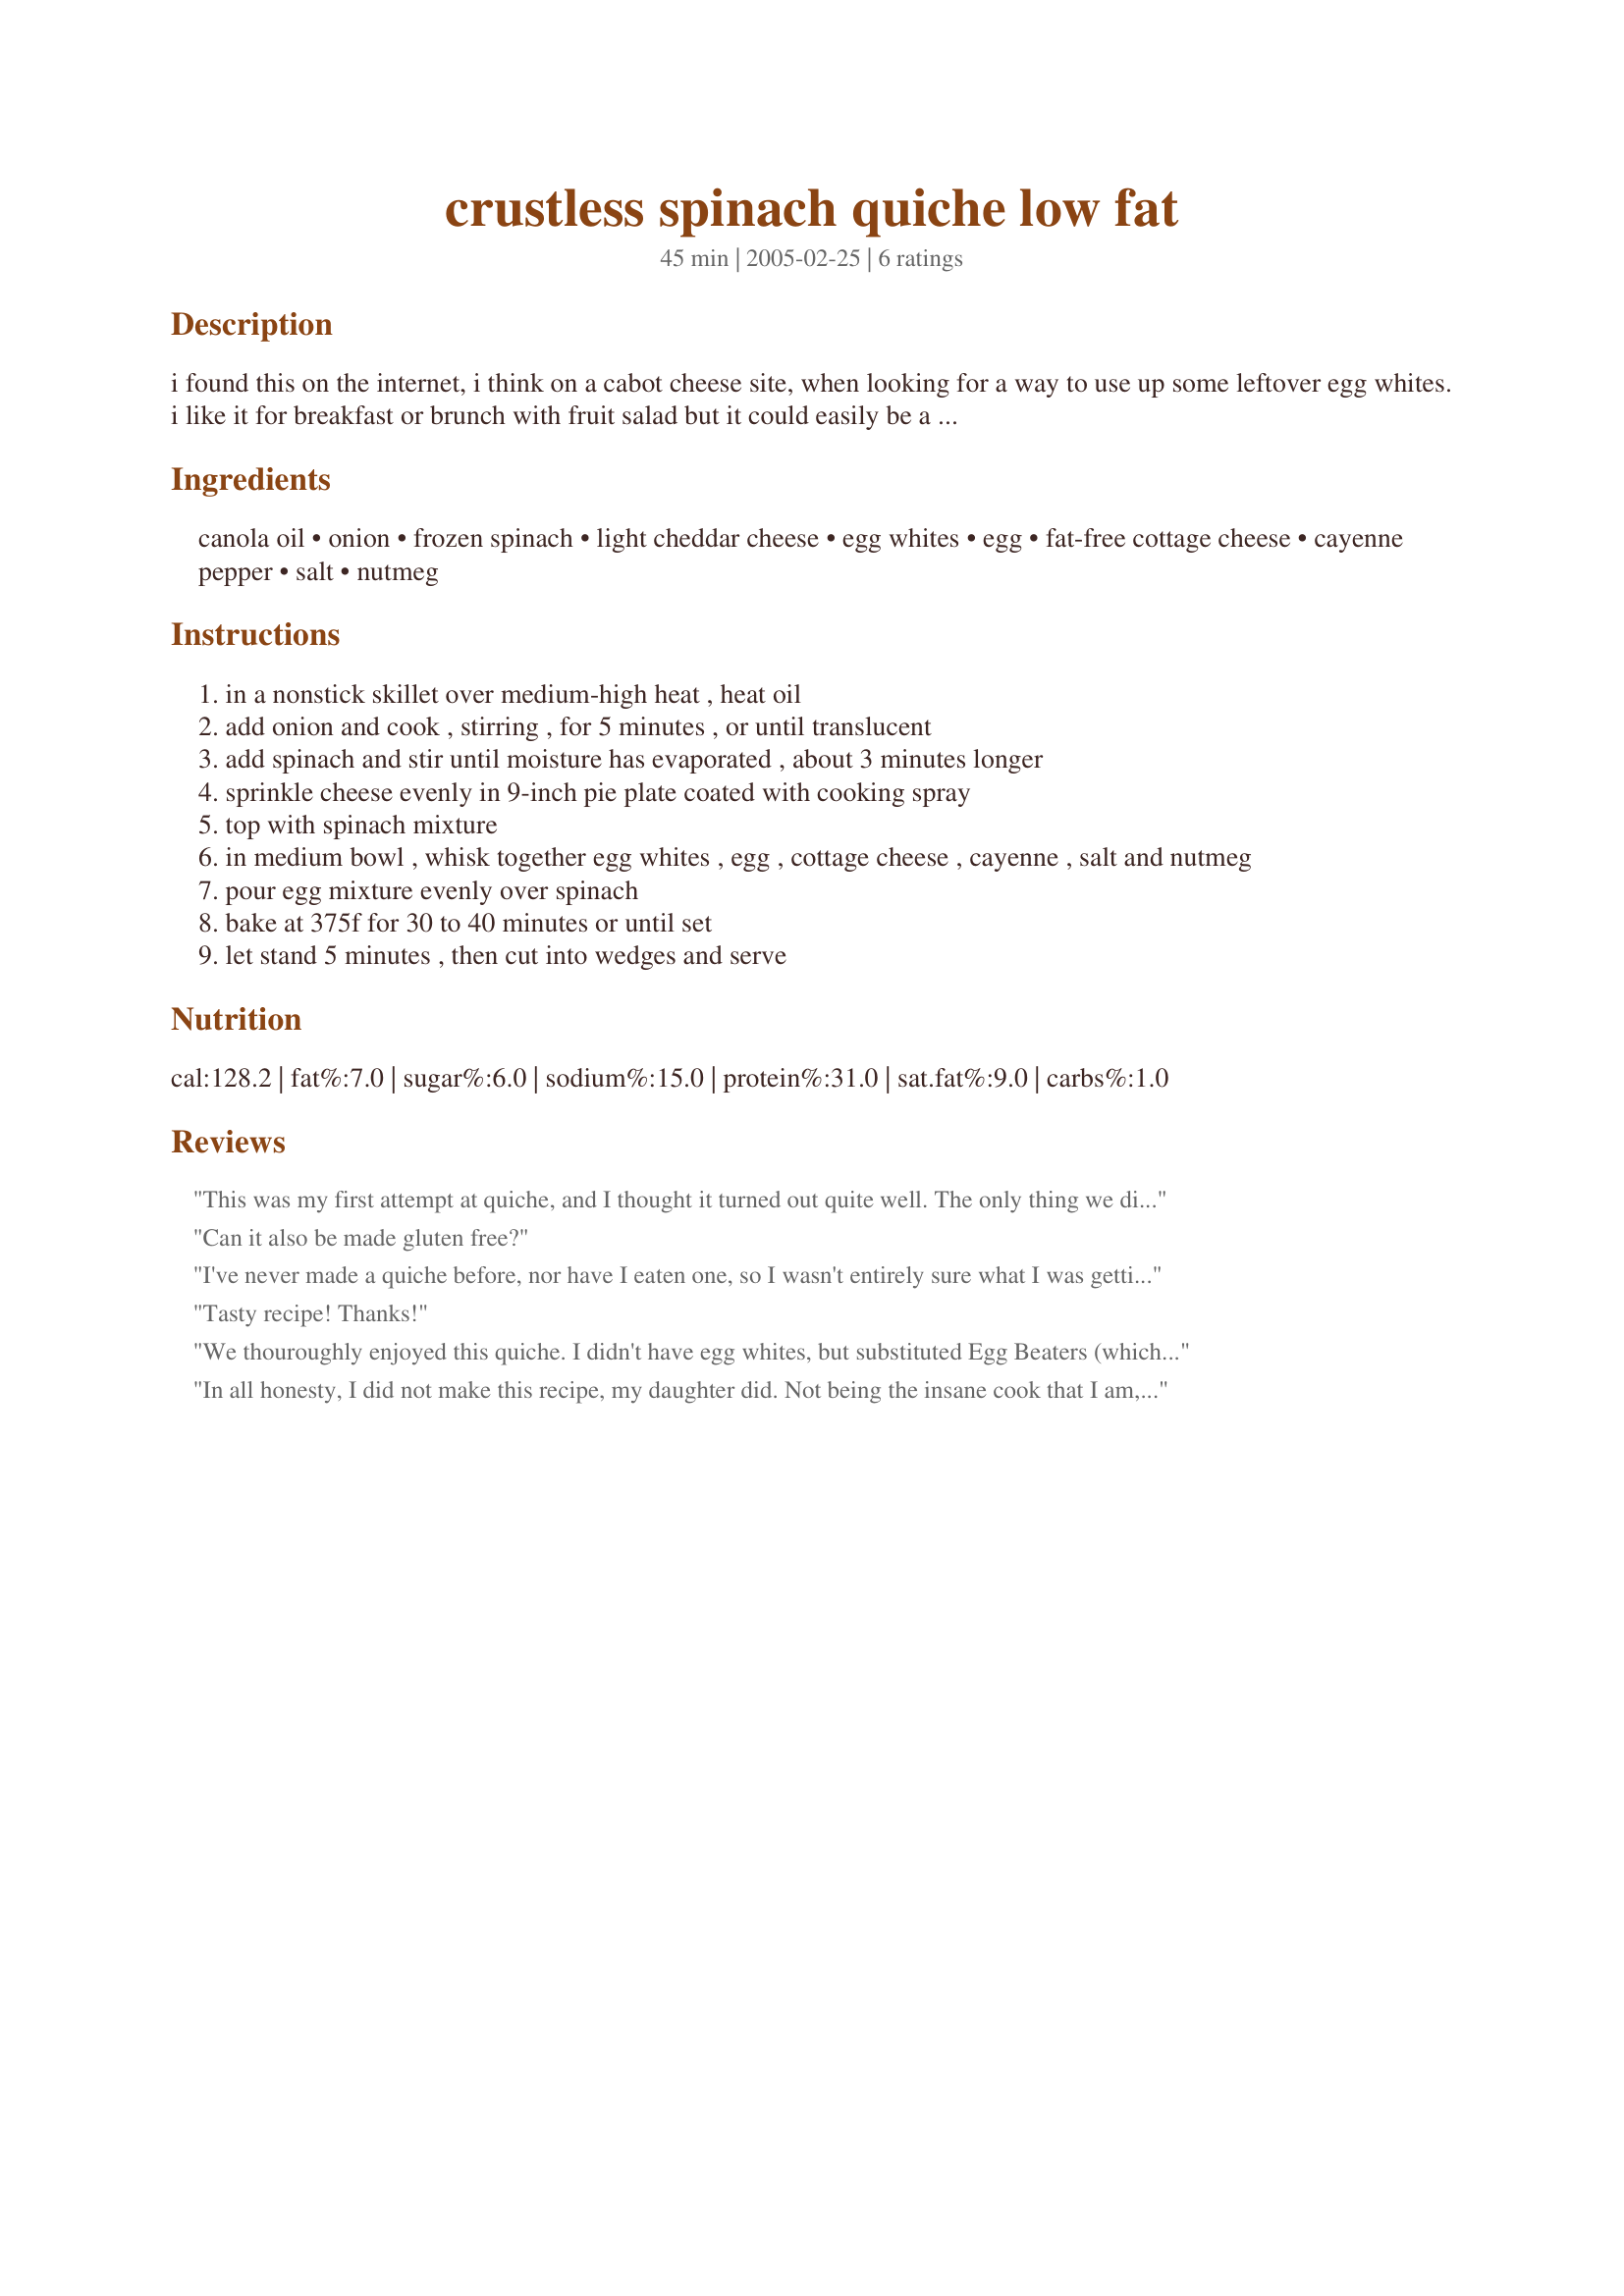
crustless spinach quiche low fat
Preparation time: 45 minutes

i found this on the internet, i think on a cabot cheese site, when looking for a way to use up some leftover egg whites. i like it for breakfast or brunch with fruit salad but it could easily be a side dish for dinner.

Ingredients:
canola oil, onion, frozen spinach, light cheddar cheese, egg whites, egg, fat-free cottage cheese, cayenne pepper, salt, nutmeg

Steps:
in a nonstick skillet over medium-high heat , heat oil
add onion and cook , stirring , for 5 minutes , or until translucent
add spinach and stir until moisture has evaporated , about 3 minutes longer
sprinkle cheese evenly in 9-inch pie plate coated with cooking spray
top with spinach mixture
in medium bowl , whisk together egg whites , egg , cottage cheese , cayenne , salt and nutmeg
pour egg mixture evenly over spinach
bake at 375f for 30 to 40 minutes or until set
let stand 5 minutes , then cut into wedges and serve

Reviews:
This was my first attempt at quiche, and I thought it turned out quite well. The only thing we didn't care for was the spinach being its own separate layer. We didn't care for the occasional "all spinach" bites we got. We liked it much better when we mixed it all up on our plates and then ate it. The overall flavor was good though. Next time, I'll combine the spinach with the egg layer before baking. I used 3/4 cup of egg beaters in place of the egg whites as I had some I needed to use up. Thanks for posting!
Can it also be made gluten free?
I've never made a quiche before, nor have I eaten one, so I wasn't entirely sure what I was getting into with this. Preparation was quick and easy, and not counting time in the oven, I think I spent about ten minutes on this. I made a few changes (non-fat cheese, low-fat cottage cheese, added a ton of mushrooms) but otherwise followed the directions to a "T". I ended up with what amounted to a baked omelet, which I enjoyed. Very tasty, though next time I may continue with my omelet thoughts and add tomato and broccoli as well.
Tasty recipe! Thanks!
We thouroughly enjoyed this quiche. I didn't have egg whites, but substituted Egg Beaters (which really is the same thing). I thought the texture was very pleasing, and the spinach and cheese made a nice combination. Served with some garlic crostini, and we had a very nice meal. Thanks for posting this recipe. It goes into my t&t cookbook.
In all honesty, I did not make this recipe, my daughter did. Not being the insane cook that I am, having to change everything, she basically followed this exactly, with the exception of using fresh spinach instead of frozen. I found this a little bland, but then, I love spicy food. The rest of the family thought it was delicious. Thanks for a lovely dinner last night.
